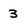
Character: 3